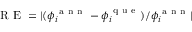
\mathrm { ~ R ~ E ~ } = | ( \phi _ { i } ^ { \mathrm { ~ a ~ n ~ n ~ } } - \phi _ { i } ^ { \mathrm { ~ q ~ u ~ e ~ } } ) / \phi _ { i } ^ { \mathrm { ~ a ~ n ~ n ~ } } |